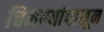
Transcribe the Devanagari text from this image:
चिमण्यांपासून